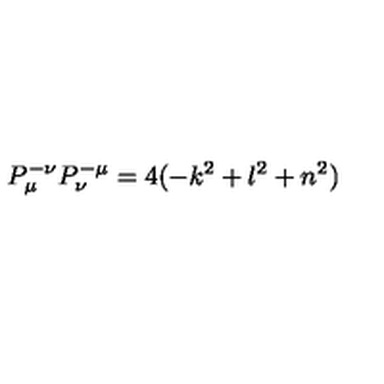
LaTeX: P _ { \mu } ^ { - \nu } P _ { \nu } ^ { - \mu } = 4 ( - k ^ { 2 } + l ^ { 2 } + n ^ { 2 } )